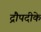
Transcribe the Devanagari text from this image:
द्रौपदीके